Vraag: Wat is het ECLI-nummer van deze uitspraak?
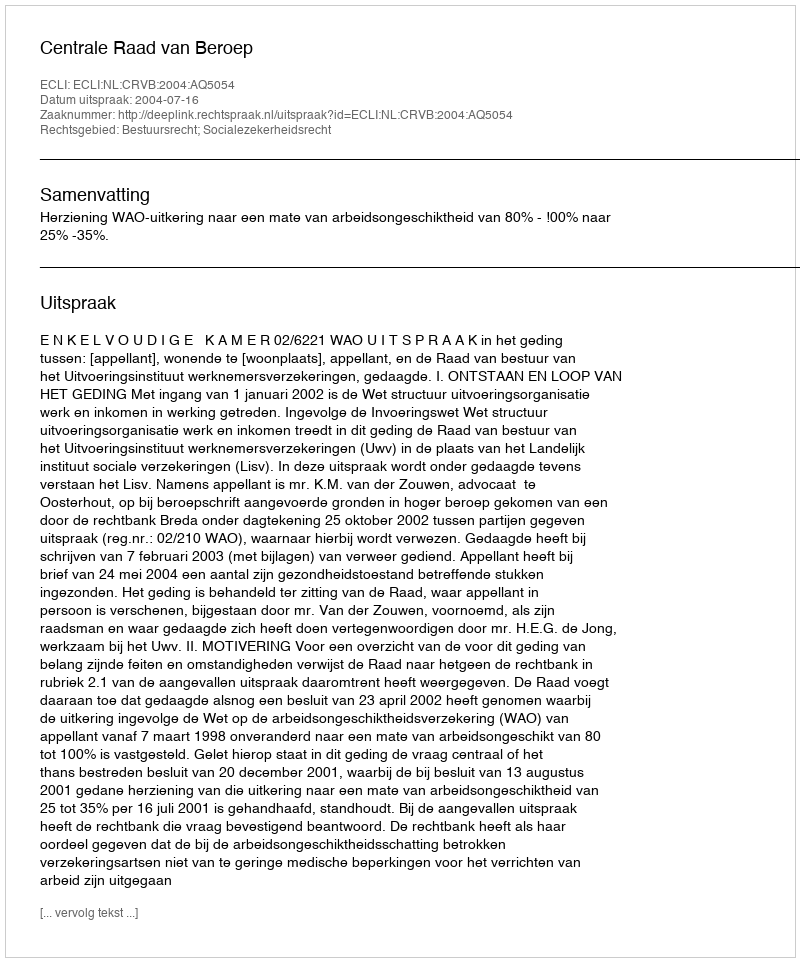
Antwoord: ECLI:NL:CRVB:2004:AQ5054